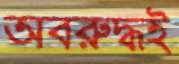
অবরুদ্ধই